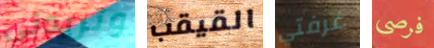
وتريدني القيقب غرفتي فرصي